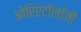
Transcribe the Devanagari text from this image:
ओरिएंटॉलॉजी